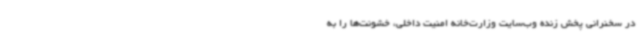
در سخنرانی پخش زنده وب‌سایت وزارت‌خانه امنیت داخلی، خشونت‌ها را به